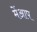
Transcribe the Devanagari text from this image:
मेंआप